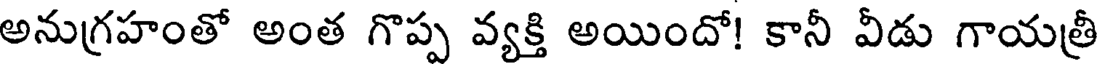
అనుగ్రహంతో అంత గొప్ప వ్యక్తి అయిందో! కానీ వీడు గాయత్రీ